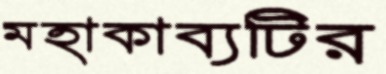
মহাকাব্যটির